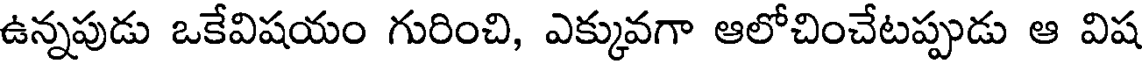
ఉన్నపుడు ఒకేవిషయం గురించి, ఎక్కువగా ఆలోచించేటప్పుడు ఆ విష